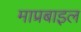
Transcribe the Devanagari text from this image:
माप्रबाइल